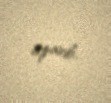
apardı.